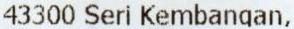
43300 SERI KEMBANGAN,